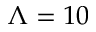
\Lambda = 1 0